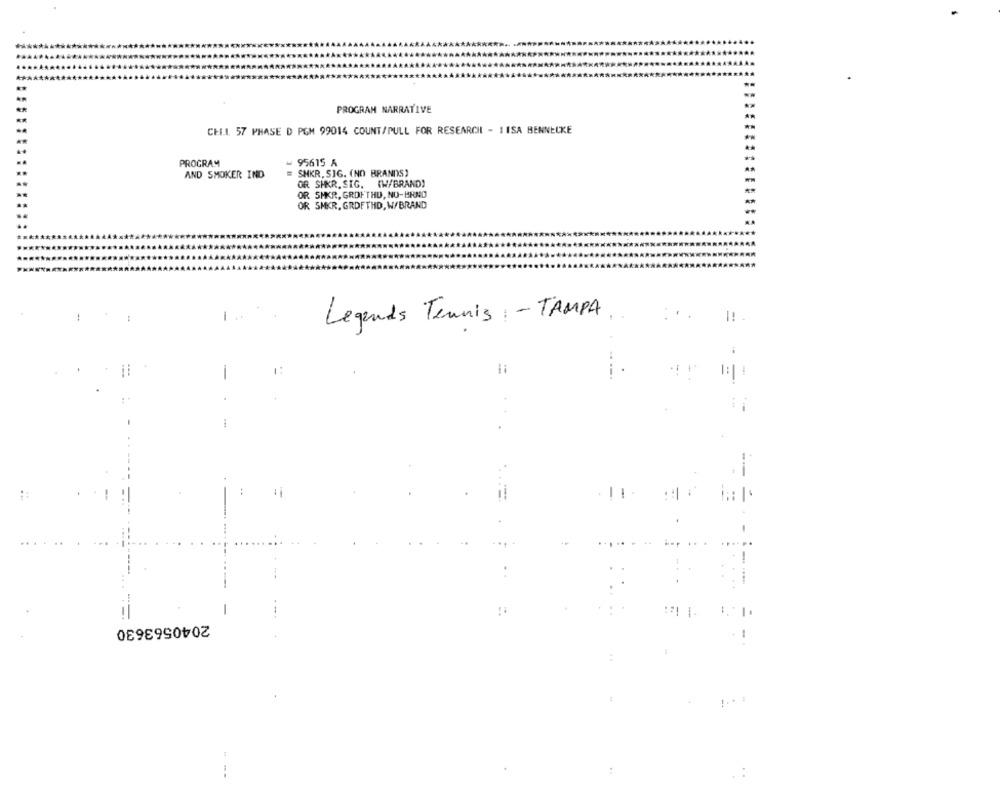
PROGRAM NARRATIVE
CH.1. 57 PHASE D PGM 99014 COUNT/PULL FOR RESEARCHI - IISA BENNECKE
PROGRAM
95615 A
AND SMOKER IND
SHKR, SIG. (NO BRANDS)
(W/BRAND)
OR SHKR. SIG.
OR SMKR, GROFTHU, NO-BRNO
OR SMKR, GRDFTHD, W/BRAND
Legends Tennis : - TAMPA
- =
-
!1
: 1 :
2040563630
1